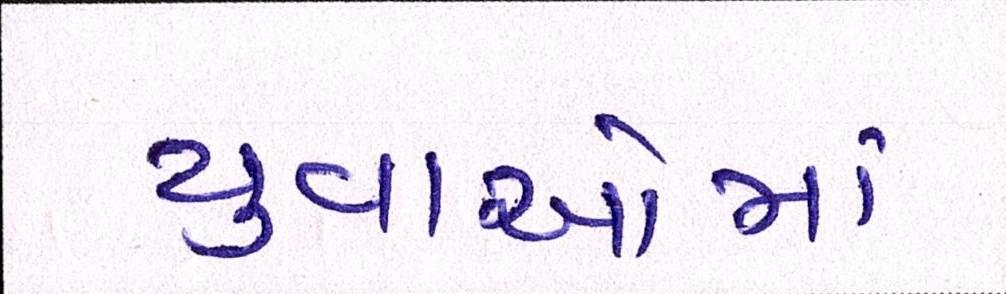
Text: યુવાઓમાં